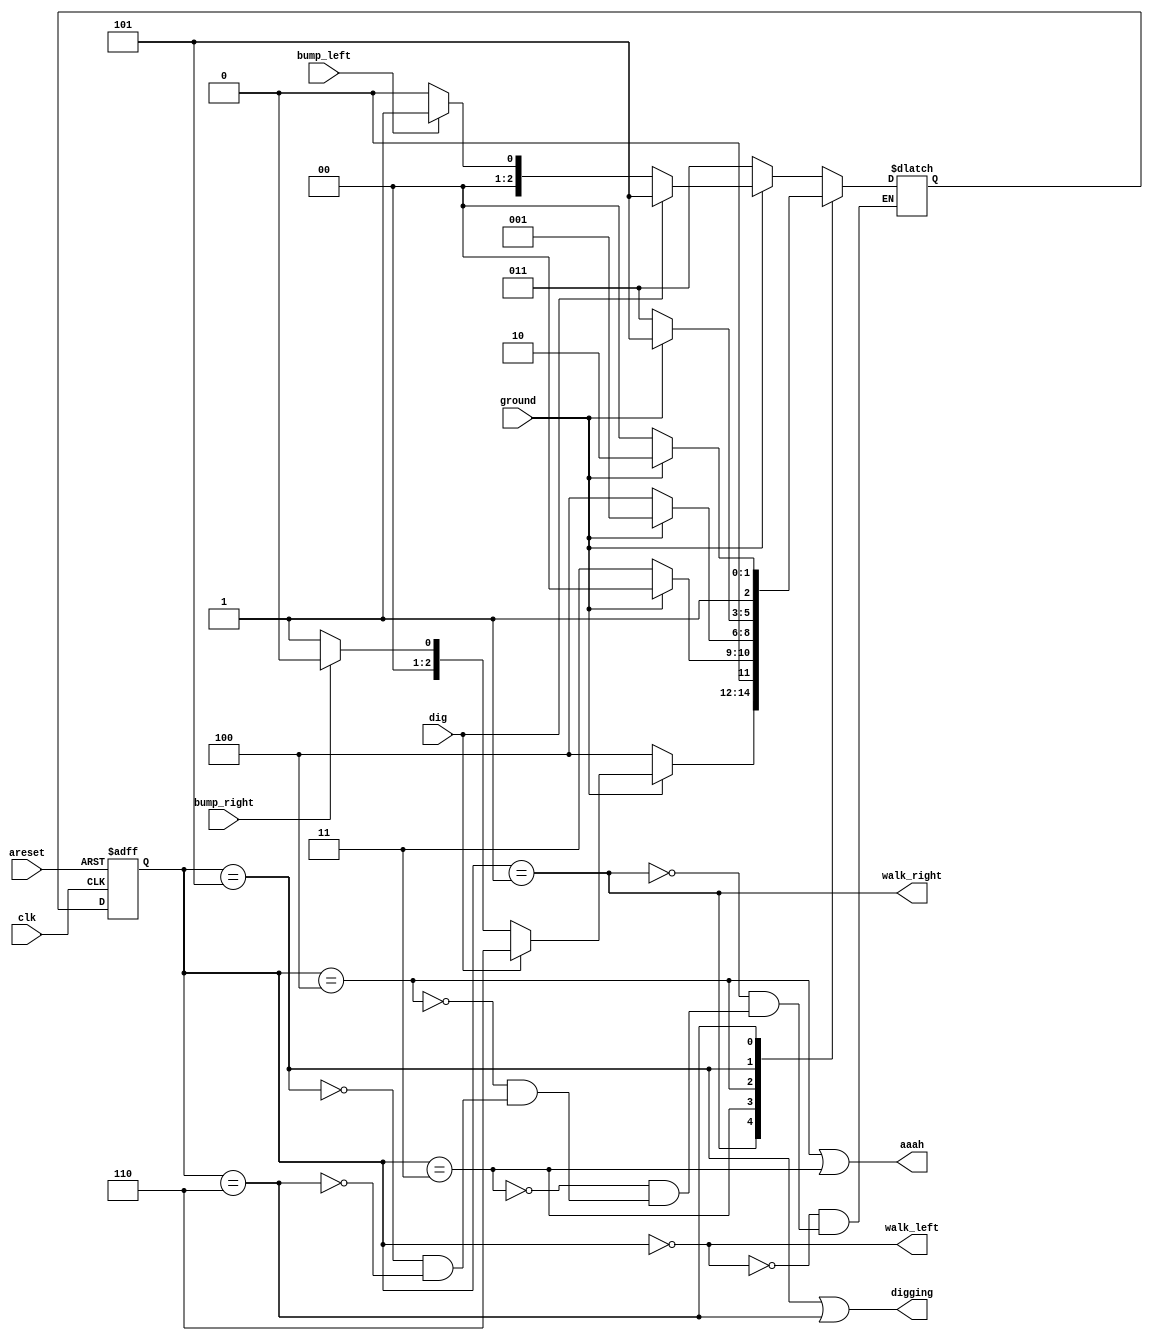
module top_module(
    input clk,
    input areset,    // Freshly brainwashed Lemmings walk left.
    input bump_left,
    input bump_right,
    input ground,
    input dig,
    output walk_left,
    output walk_right,
    output aaah,
    output digging );

    reg [2:0] state, next_state;
    parameter LEFT=0, RIGHT=1, LEFT_GROUND=3, RIGHT_GROUND=4, DIG_LEFT=5, DIG_RIGHT=6;
    always @(*) begin
        case (state)
            LEFT: begin
                if(ground) begin
                    if(dig) begin
                        next_state <= DIG_LEFT;
                    end else begin
                        next_state <= bump_left ? RIGHT : LEFT;
                    end
                end else begin
                    next_state <= LEFT_GROUND;
                end
            end
            RIGHT: begin
                if(ground) begin
                    if(dig) begin
                        next_state <= DIG_RIGHT; 
                    end else begin
                        next_state <= bump_right ? LEFT : RIGHT;
                    end
                end else begin
                    next_state <= RIGHT_GROUND;
                end
            end
            LEFT_GROUND: begin
                if(ground) begin
                    next_state <= LEFT;
                end else begin
                    next_state <= LEFT_GROUND;
                end
            end
            RIGHT_GROUND: begin
                if(ground) begin
                    next_state <= RIGHT;
                end else begin
                    next_state <= RIGHT_GROUND;
                end
            end
            DIG_LEFT: begin
                if(ground) begin
                    next_state <= DIG_LEFT;
                end else begin
                    next_state <= LEFT_GROUND;
                end
            end
            DIG_RIGHT: begin
                if(ground) begin
                    next_state <= DIG_RIGHT;
                end else begin
                    next_state <= RIGHT_GROUND;
                end
            end
        endcase
    end

            always @(posedge clk or posedge areset) begin
                if( areset) begin
                    state <= LEFT;
                end else begin
                    state <= next_state;
                end
            end
            
            assign walk_left = (state == LEFT);
            assign walk_right = (state == RIGHT);
            assign aaah = (state == RIGHT_GROUND)||(state == LEFT_GROUND);
            assign digging = (state == DIG_LEFT)||(state == DIG_RIGHT);
endmodule